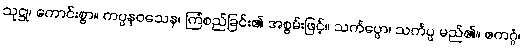
သုဋ္ဌု၊ ကောင်းစွာ။ ကပ္ပနဝသေန၊ ကြံစည်ခြင်း၏ အစွမ်းဖြင့်။ သင်္ကပ္ပော၊ သင်္ကပ္ပ မည်၏။ ဧကဂ္ဂံ၊